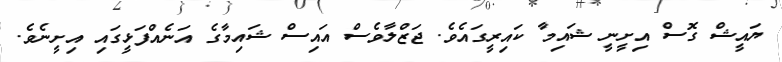
ޔައީޝް ގޮސް އިށީނީ ޝައިމާ ކައިރީގައެވެ. ޖަޒްލާވެސް އައިސް ޝައިމާގެ އަނެއްފަޅީގައި އިށީނެވެ.